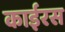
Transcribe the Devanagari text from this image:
काईरस